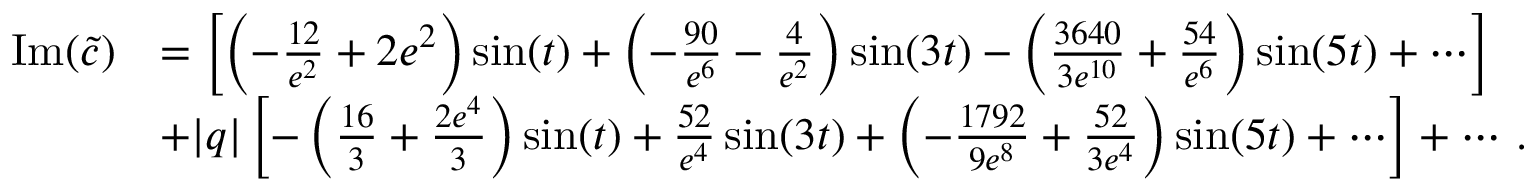
\begin{array} { r l } { \mathrm { I m } ( \widetilde { c } ) } & { = \left[ \left( - { \frac { 1 2 } { e ^ { 2 } } } + 2 e ^ { 2 } \right) \sin ( t ) + \left( - { \frac { 9 0 } { e ^ { 6 } } } - { \frac { 4 } { e ^ { 2 } } } \right) \sin ( 3 t ) - \left( { \frac { 3 6 4 0 } { 3 e ^ { 1 0 } } } + { \frac { 5 4 } { e ^ { 6 } } } \right) \sin ( 5 t ) + \cdots \right] } \\ & { + | q | \left[ - \left( { \frac { 1 6 } { 3 } } + { \frac { 2 e ^ { 4 } } { 3 } } \right) \sin ( t ) + { \frac { 5 2 } { e ^ { 4 } } } \sin ( 3 t ) + \left( - { \frac { 1 7 9 2 } { 9 e ^ { 8 } } } + { \frac { 5 2 } { 3 e ^ { 4 } } } \right) \sin ( 5 t ) + \cdots \right] + \cdots \, . } \end{array}